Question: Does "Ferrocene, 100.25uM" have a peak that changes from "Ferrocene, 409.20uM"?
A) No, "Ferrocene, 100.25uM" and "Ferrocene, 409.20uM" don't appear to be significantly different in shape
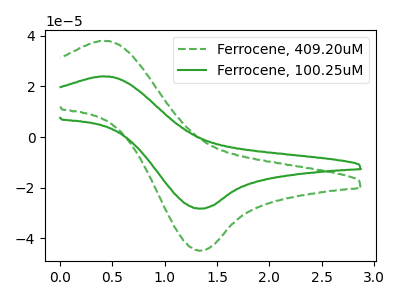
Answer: <think>The green dashed curve "Ferrocene, 409.20uM" has an anodic peak at (0.40V, 37.95uA) and a cathodic peak at (1.30V, -44.80uA). The green curve "Ferrocene, 100.25uM" has an anodic peak at (0.40V, 23.90uA) and a cathodic peak at (1.30V, -28.25uA).
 All the peaks in "Ferrocene, 100.25uM" have a peak in "Ferrocene, 409.20uM" at the same potential. Every peak in "Ferrocene, 100.25uM" is lower than every peak in "Ferrocene, 409.20uM".</think>
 <answer>A) No, "Ferrocene, 100.25uM" and "Ferrocene, 409.20uM" don't appear to be significantly different in shape</answer>
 <eval>A</eval>